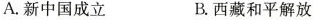
A.新中国成立 B.西藏和平解放